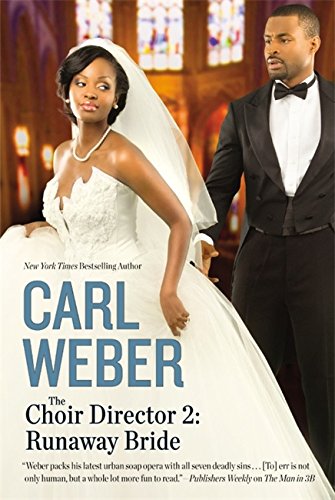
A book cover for The Choir Director 2: Runaway Bride; Carl Weber; Literature & Fiction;